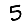
Digit: 5